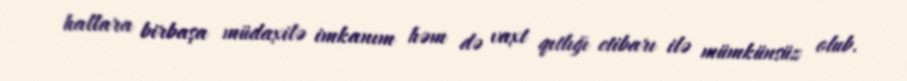
hallara birbaşa müdaxilə imkanım həm də vaxt qıtlığı etibarı ilə mümkünsüz olub.